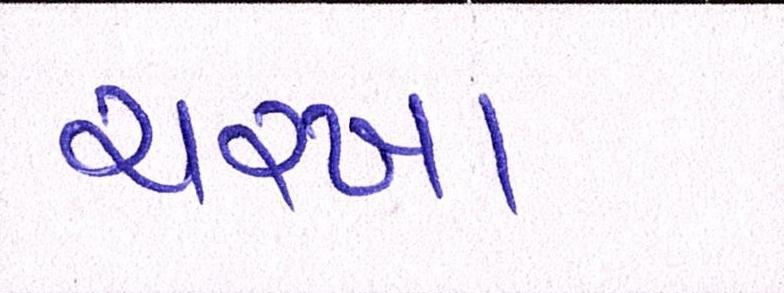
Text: ચરખા